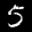
Label: 5